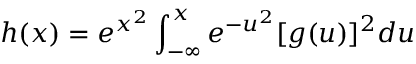
h ( x ) = e ^ { x ^ { 2 } } \int _ { - \infty } ^ { x } e ^ { - u ^ { 2 } } [ g ( u ) ] ^ { 2 } d u